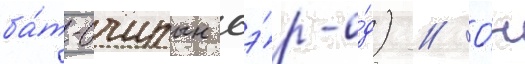
ба́т-очирын сэ́р-о́д) // О́н